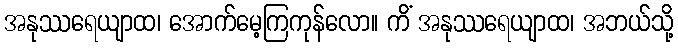
အနုဿရေယျာထ၊ အောက်မေ့ကြကုန်လော။ ကိံ အနုဿရေယျာထ၊ အဘယ်သို့